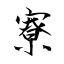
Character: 寮